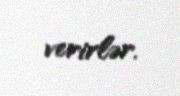
verirlər.